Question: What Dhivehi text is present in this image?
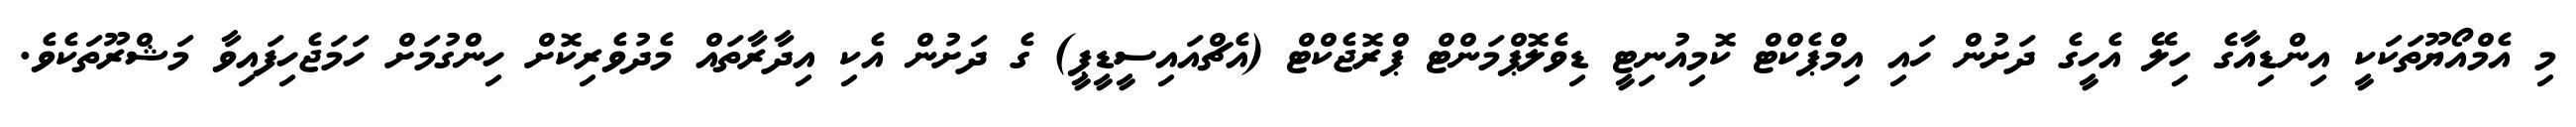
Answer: މި އެމްއޯޔޫތަކަކީ އިންޑިއާގެ ހިލޭ އެހީގެ ދަށުން ހައި އިމްޕެކްޓް ކޮމިއުނިޓީ ޑިވެލޮޕްމަންޓް ޕްރޮޖެކްޓް (އެޗްއައިސީޑީޕީ) ގެ ދަށުން އެކި އިދާރާތައް މެދުވެރިކޮށް ހިންގުމަށް ހަމަޖެހިފައިވާ މަޝްރޫތަކެވެ.